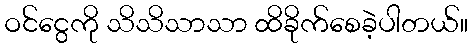
ဝင်ငွေကို သိသိသာသာ ထိခိုက်စေခဲ့ပါတယ်။